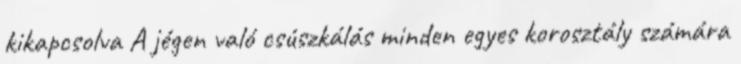
kikapcsolva A jégen való csúszkálás minden egyes korosztály számára